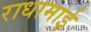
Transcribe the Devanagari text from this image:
राधामाई